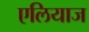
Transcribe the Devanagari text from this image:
एलियाज